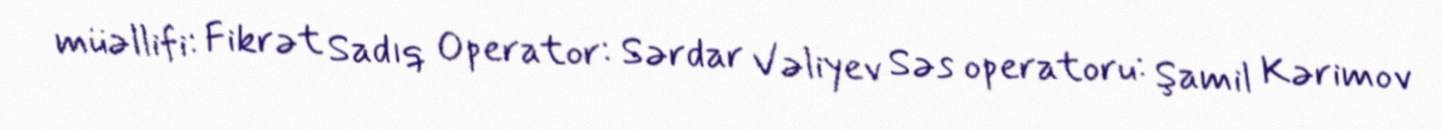
müəllifi: Fikrət Sadıq Operator: Sərdar Vəliyev Səs operatoru: Şamil Kərimov